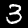
Digit: 3